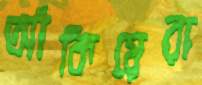
আঁকিয়েরা